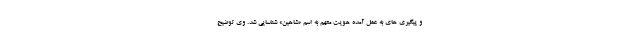
و پیگیری های به عمل آمده هویت متهم به اسم «شاهین» شناسایی شد. وی توضیح